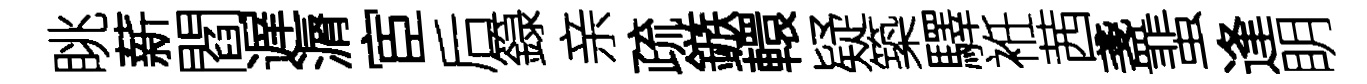
眺薪閻遅漘宦后籙亲疏鏃轘疑築驛袵茜盞蜚逢眀